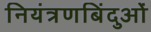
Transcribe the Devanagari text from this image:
नियंत्रणबिंदुओं